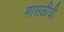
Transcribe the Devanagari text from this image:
मासळीची